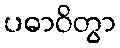
ပဓာဝိတွာ